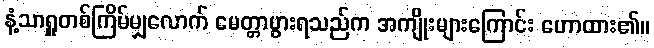
နံ့သာရှူတစ်ကြိမ်မျှလောက် မေတ္တာပွားရသည်က အကျိုးများကြောင်း ဟောထား၏။